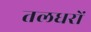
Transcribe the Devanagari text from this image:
तलधरों